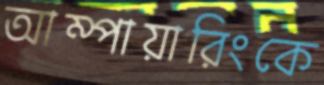
আম্পায়ারিংকে